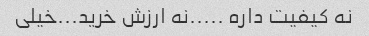
نه کیفیت داره .....نه ارزش خرید...خیلی